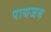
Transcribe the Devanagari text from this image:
पायजब